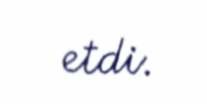
etdi.